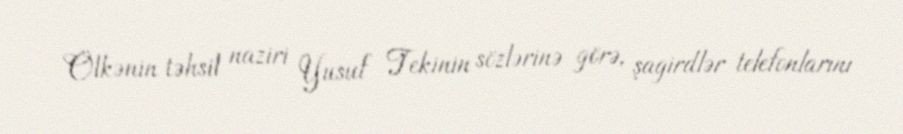
Ölkənin təhsil naziri Yusuf Tekinin sözlərinə görə, şagirdlər telefonlarını